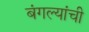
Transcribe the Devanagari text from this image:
बंगल्यांची